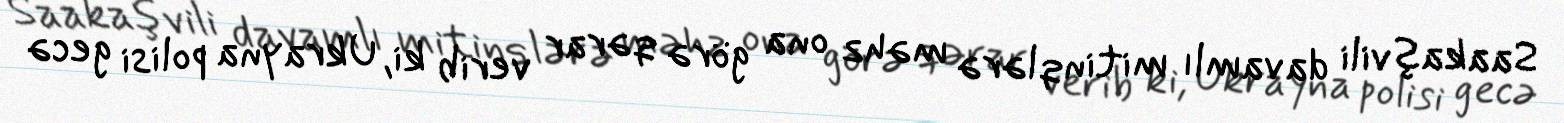
Saakaşvili davamlı mitinqlərə məhz ona görə qərar verib ki, Ukrayna polisi gecə